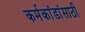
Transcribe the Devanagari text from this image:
कर्मकांडांसाठी